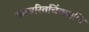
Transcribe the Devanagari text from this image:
रामचरितचिंतामणि